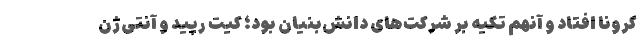
کرونا افتاد و آنهم تکیه بر شرکت‌های دانش‌بنیان بود؛ کیت رپید و آنتی‌ژن